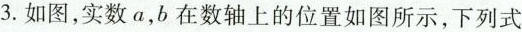
3.如图，实数a，b在数轴上的位置如图所示，下列式